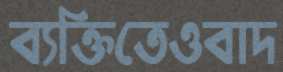
ব্যক্তিতেওবাদ